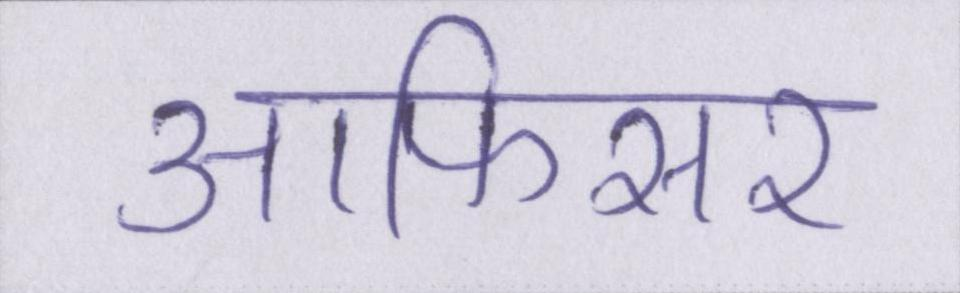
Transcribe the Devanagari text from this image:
आफिसर